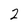
Character: 2